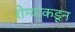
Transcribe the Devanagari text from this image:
रोग्याकडून